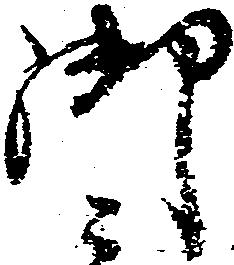
御